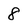
Character: 8